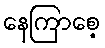
နေကြာစေ့